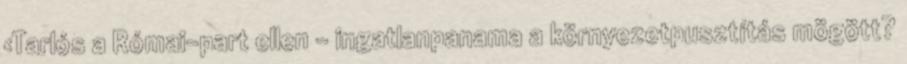
›Tarlós a Római-part ellen – ingatlanpanama a környezetpusztítás mögött?